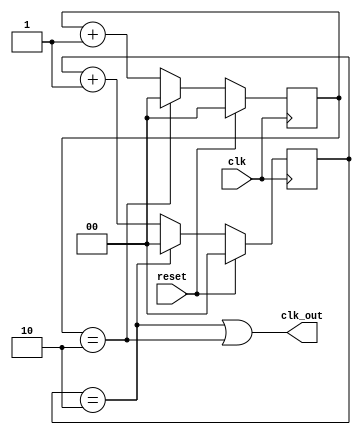
/**************************************************
P1.1 FREQUENCY DIVIDER BY 3
************************************************/
module div_3(
	input clk,
	input reset,
	output clk_out);


	reg[1:0] pos_cnt;
	reg [1:0]neg_cnt;

	always@(posedge clk)
		if(reset)
			pos_cnt<= 0;
		else if(pos_cnt==2)
			pos_cnt<= 0;
		else
			pos_cnt<= pos_cnt+1;

	always@(negedge clk)
	if(reset)
		neg_cnt<= 0;
	else if(neg_cnt==2)
		neg_cnt<= 0;
	else neg_cnt<= neg_cnt+1;

	assign clk_out=((pos_cnt==2) | (neg_cnt==2));

endmodule